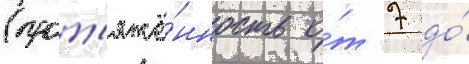
(прот'яжё́нность о́т 7 до́